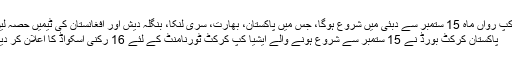
ایشیا کپ رواں ماہ 15 ستمبر سے دبئی میں شروع ہوگا، جس میں پاکستان، بھارت، سری لنکا، بنگلہ دیش اور افغانستان کی ٹیمیں حصہ لیں گی
پاکستان کرکٹ بورڈ نے 15 ستمبر سے شروع ہونے والے ایشیا کپ کرکٹ ٹورنامنٹ کے لئے 16 رکنی اسکواڈ کا اعلان کر دیا ہے۔